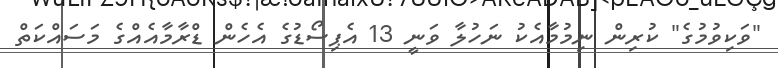
"ވަކިވުމުގެ" ކުރިން ނިމުމާއެކު ނަހުލާ ވަނީ 13 އެޕިސޯޑުގެ އެހެން ޑްރާމާއެއްގެ މަސައްކަތް